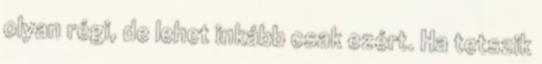
olyan régi, de lehet inkább csak ezért. Ha tetszik